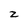
Character: z